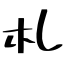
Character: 札